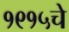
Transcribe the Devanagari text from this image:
१९१५चे